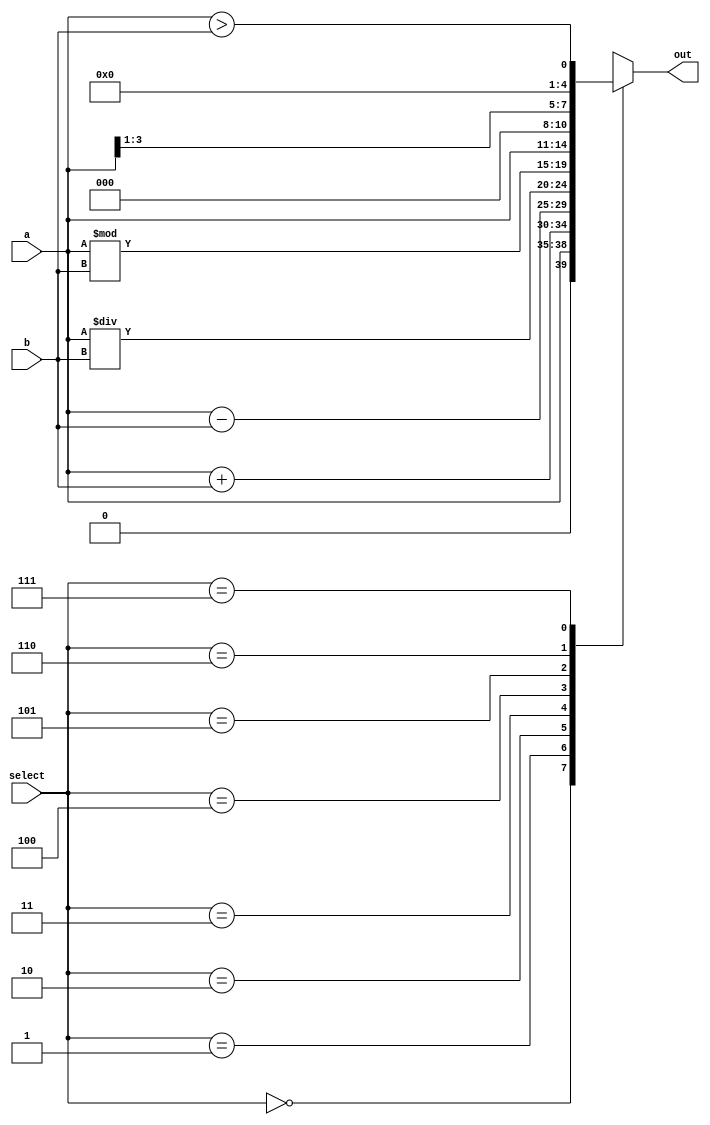
module ALU(input [3:0]a,b,input [2:0] select, output reg [4:0] out);

    always@(a or b or select) //siempre que haya un cambio a b o select se realiza
        case(select)
        3'b000: out = a;
        3'b001: out = a+b;
        3'b010: out= a-b;
        3'b011: out = a/b;
        3'b100: out = a%b;
        3'b101: out = a <<1;
        3'b110: out = a>>1;
        3'b111: out = (a>b);
        endcase
endmodule

module tb();

    reg[3:0] a,b;
    reg[2:0] s;

    wire [4:0] out;
     
    ALU alu(a,b,s,out);

    initial begin
        $display("   a |   b  |  s  | out");
        $monitor("%b | %b | %b | %b",a,b,s,out);
        a=4'b0; b=4'b0; s=3'b0;
        #1 a =4'd1;
        #1 b=4'd1;
        #1 a=4'd10;
        #1 s =3'd1;
        #1 s=3'd2;
        #1 b=4'd2; s=3'd3;
        #1 b=4'd4; s=3'd4;
        #1 s=3'd5;
        #1 s=3'd6;
        #1 s=3'd7;
    end


endmodule